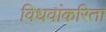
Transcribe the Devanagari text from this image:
विधवांकरिता